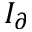
I _ { \partial }